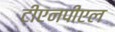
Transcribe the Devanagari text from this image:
टीएनपीएल